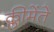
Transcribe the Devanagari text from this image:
क्लीमेंते